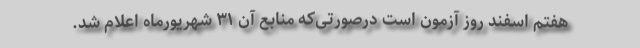
هفتم اسفند روز آزمون است درصورتی‌که منابع آن ۳۱ شهریورماه اعلام شد.